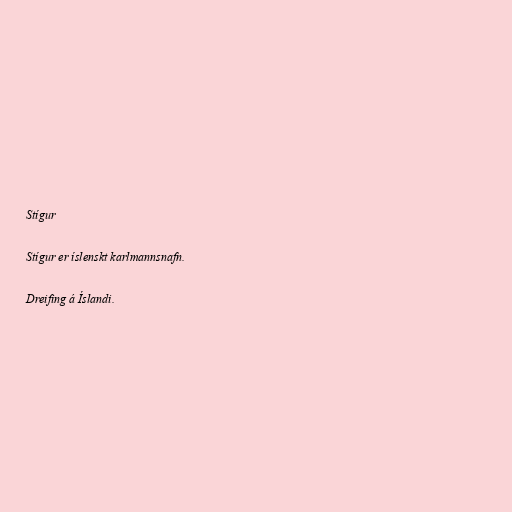
Stígur

Stígur er íslenskt karlmannsnafn.

Dreifing á Íslandi.